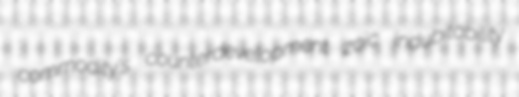
commodity's counterdevelopment zoic indubitability